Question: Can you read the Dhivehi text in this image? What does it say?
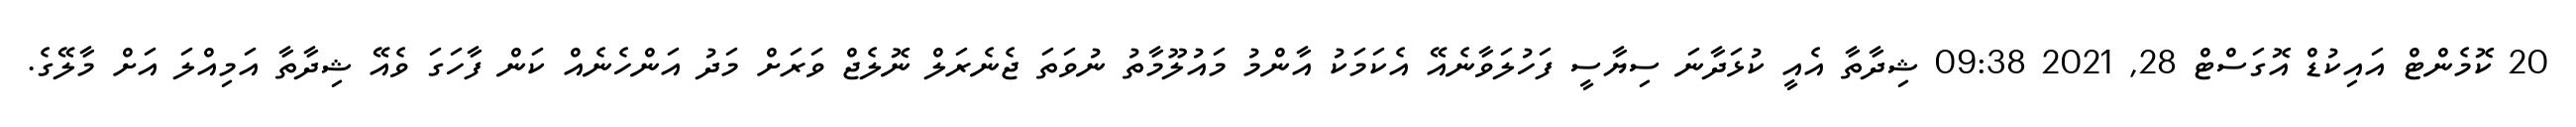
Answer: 20 ކޮމެންޓް އައިކުޑް އޮގަސްޓް 28, 2021 09:38 ޝިދާތާ އެއީ ކުޅަދާނަ ސިޔާސީ ފަހުލަވާނެއޭ އެކަމަކު އާންމު މައުލޫމާތު ނުވަތަ ޖެނެރަލް ނޮލެޖް ވަރަށް މަދު އަންހެނެއް ކަން ފާހަގަ ވެއޭ ޝިދާތާ އަމިއްލަ އަށް މާލޭގެ.